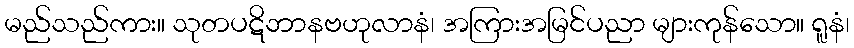
မည်သည်ကား။ သုတပဋိဘာနဗဟုလာနံ၊ အကြားအမြင်ပညာ များကုန်သော။ ရူနံ၊